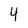
Character: 4